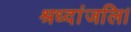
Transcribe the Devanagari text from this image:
श्रध्दांजलि।